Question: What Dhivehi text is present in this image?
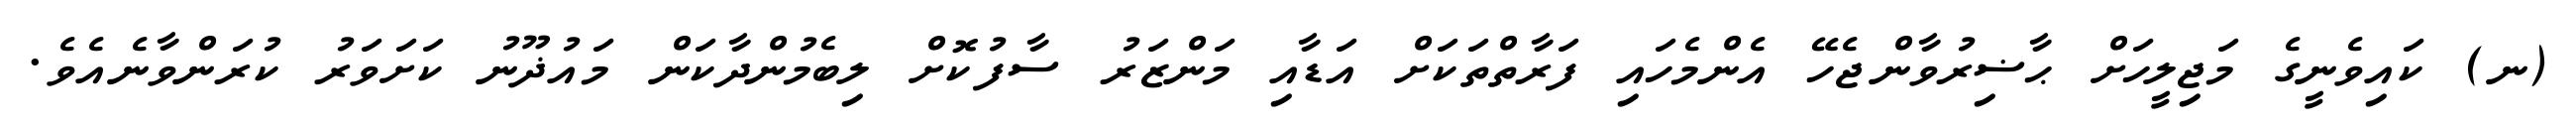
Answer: (ނ) ކައިވެނީގެ މަޖިލީހަށް ޙާޟިރުވާންޖެހޭ އެންމެހައި ފަރާތްތަކަށް އަޑާއި މަންޒަރު ސާފުކޮށް ލިބެމުންދާކަން މައުޛޫނު ކަށަވަރު ކުރަންވާނެއެވެ.